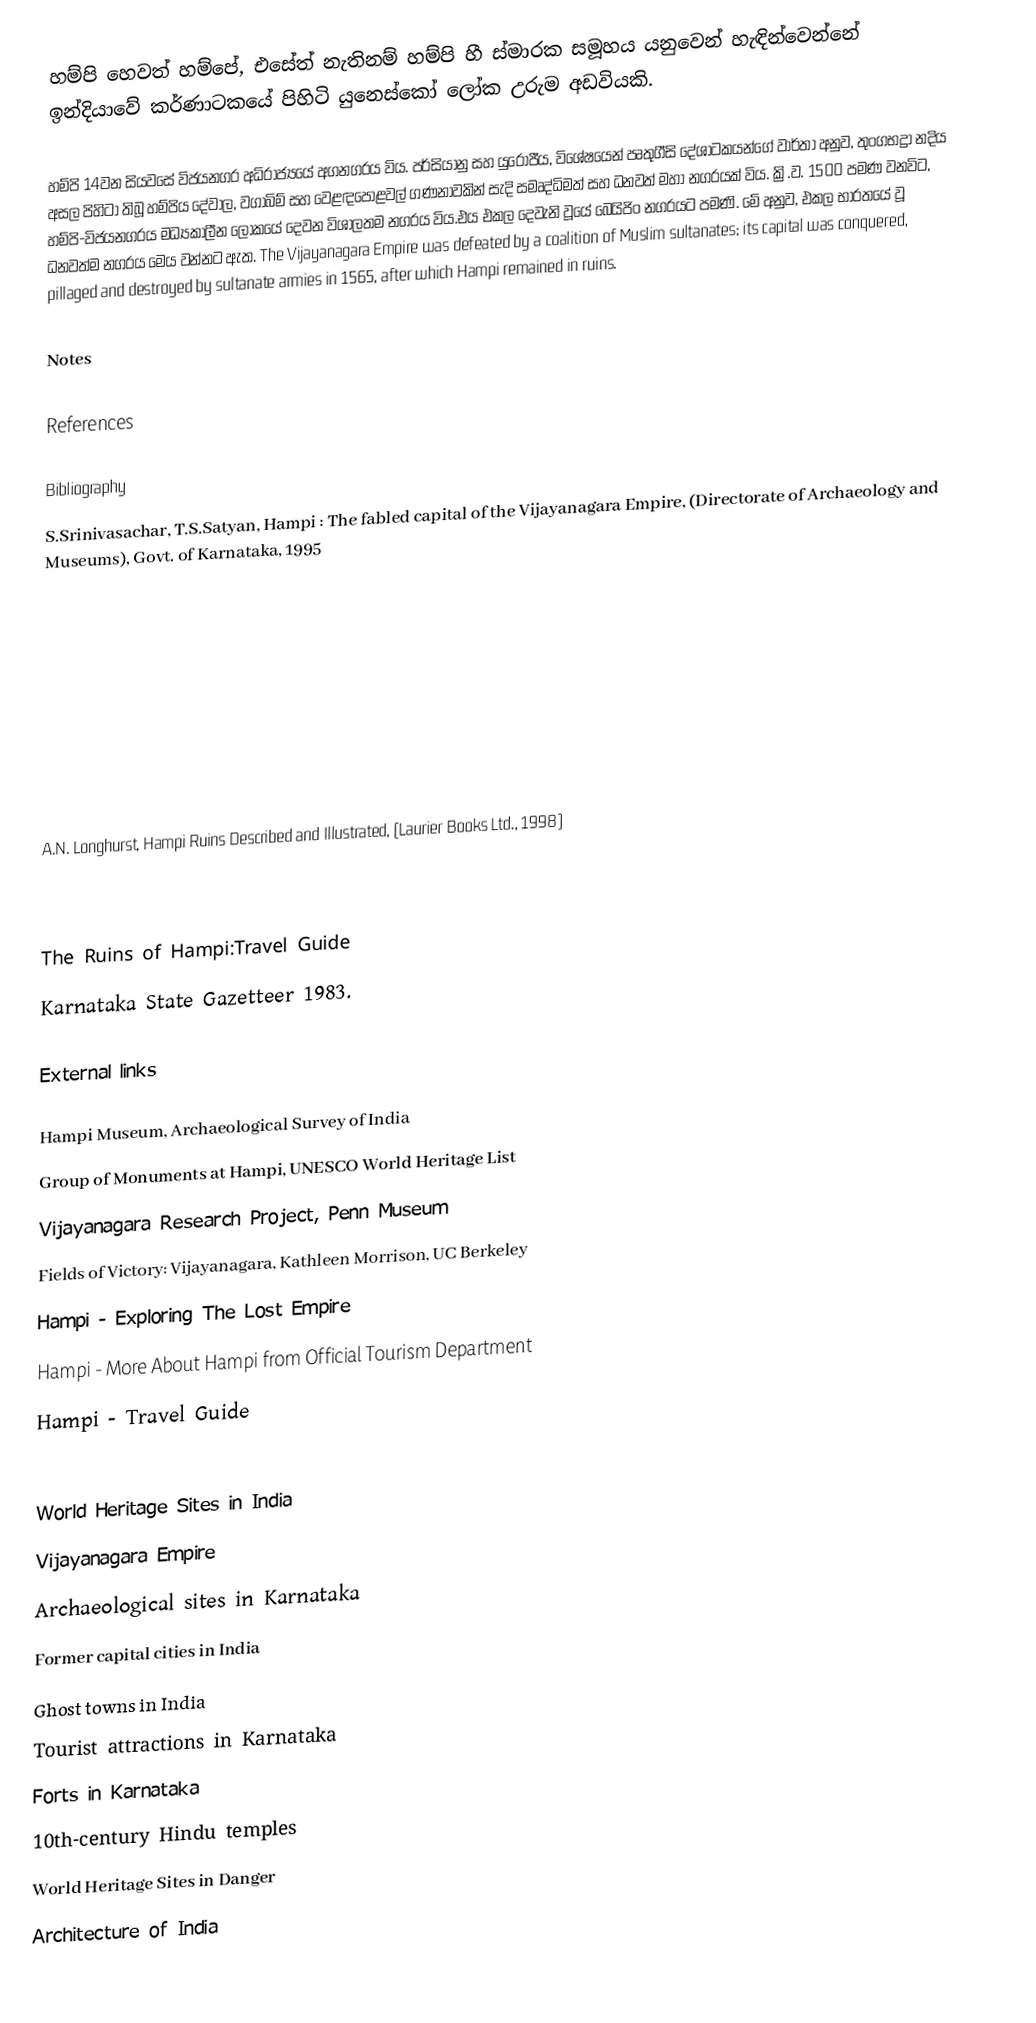
හම්පි හෙවත් හම්පේ, එසේත් නැතිනම් හම්පි හී ස්මාරක සමූහය යනුවෙන් හැඳින්වෙන්නේ ඉන්දියාවේ කර්ණාටකයේ පිහිටි යුනෙස්කෝ ලෝක උරුම අඩවියකි.

හම්පි 14වන සියවසේ විජයනගර අධිරාජ්‍යයේ අගනගරය විය. පර්සියානු සහ යුරෝපීය, විශේෂයෙන් පෘතුගීසි දේශාටකයන්ගේ වාර්තා අනුව, තුංගභද්‍රා නදිය අසල පිහිටා තිබූ හම්පිය දේවාල, වගාබිම් සහ වෙළඳපොළවල් ගණනාවකින් සැදි සමෘද්ධිමත් සහ ධනවත් මහා නගරයක් විය. ක්‍රි.ව. 1500 පමණ වනවිට, හම්පි-විජයනගරය මධ්‍යකාලීන ලෝකයේ දෙවන විශාලතම නගරය විය.එය එකල දෙවැනි වූයේ බෙයිජිං නගරයට පමණි. මේ අනුව, එකල භාරතයේ වූ ධනවත්ම නගරය මෙය වන්නට ඇත. The Vijayanagara Empire was defeated by a coalition of Muslim sultanates; its capital was conquered, pillaged and destroyed by sultanate armies in 1565, after which Hampi remained in ruins.

Notes

References

Bibliography
 S.Srinivasachar, T.S.Satyan, Hampi : The fabled capital of the Vijayanagara Empire, (Directorate of Archaeology and Museums), Govt. of Karnataka, 1995

 A.N. Longhurst, Hampi Ruins Described and Illustrated, (Laurier Books Ltd., 1998)

 The Ruins of Hampi:Travel Guide
 Karnataka State Gazetteer 1983.

External links

 Hampi Museum, Archaeological Survey of India
 Group of Monuments at Hampi, UNESCO World Heritage List
 Vijayanagara Research Project, Penn Museum
 Fields of Victory: Vijayanagara, Kathleen Morrison, UC Berkeley
 Hampi - Exploring The Lost Empire
 Hampi - More About Hampi from Official Tourism Department
 Hampi - Travel Guide

World Heritage Sites in India
Vijayanagara Empire
Archaeological sites in Karnataka
Former capital cities in India
Ghost towns in India
Tourist attractions in Karnataka
Forts in Karnataka
10th-century Hindu temples
World Heritage Sites in Danger
Architecture of India